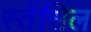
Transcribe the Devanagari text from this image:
स्तेंसिल